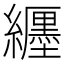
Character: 纒